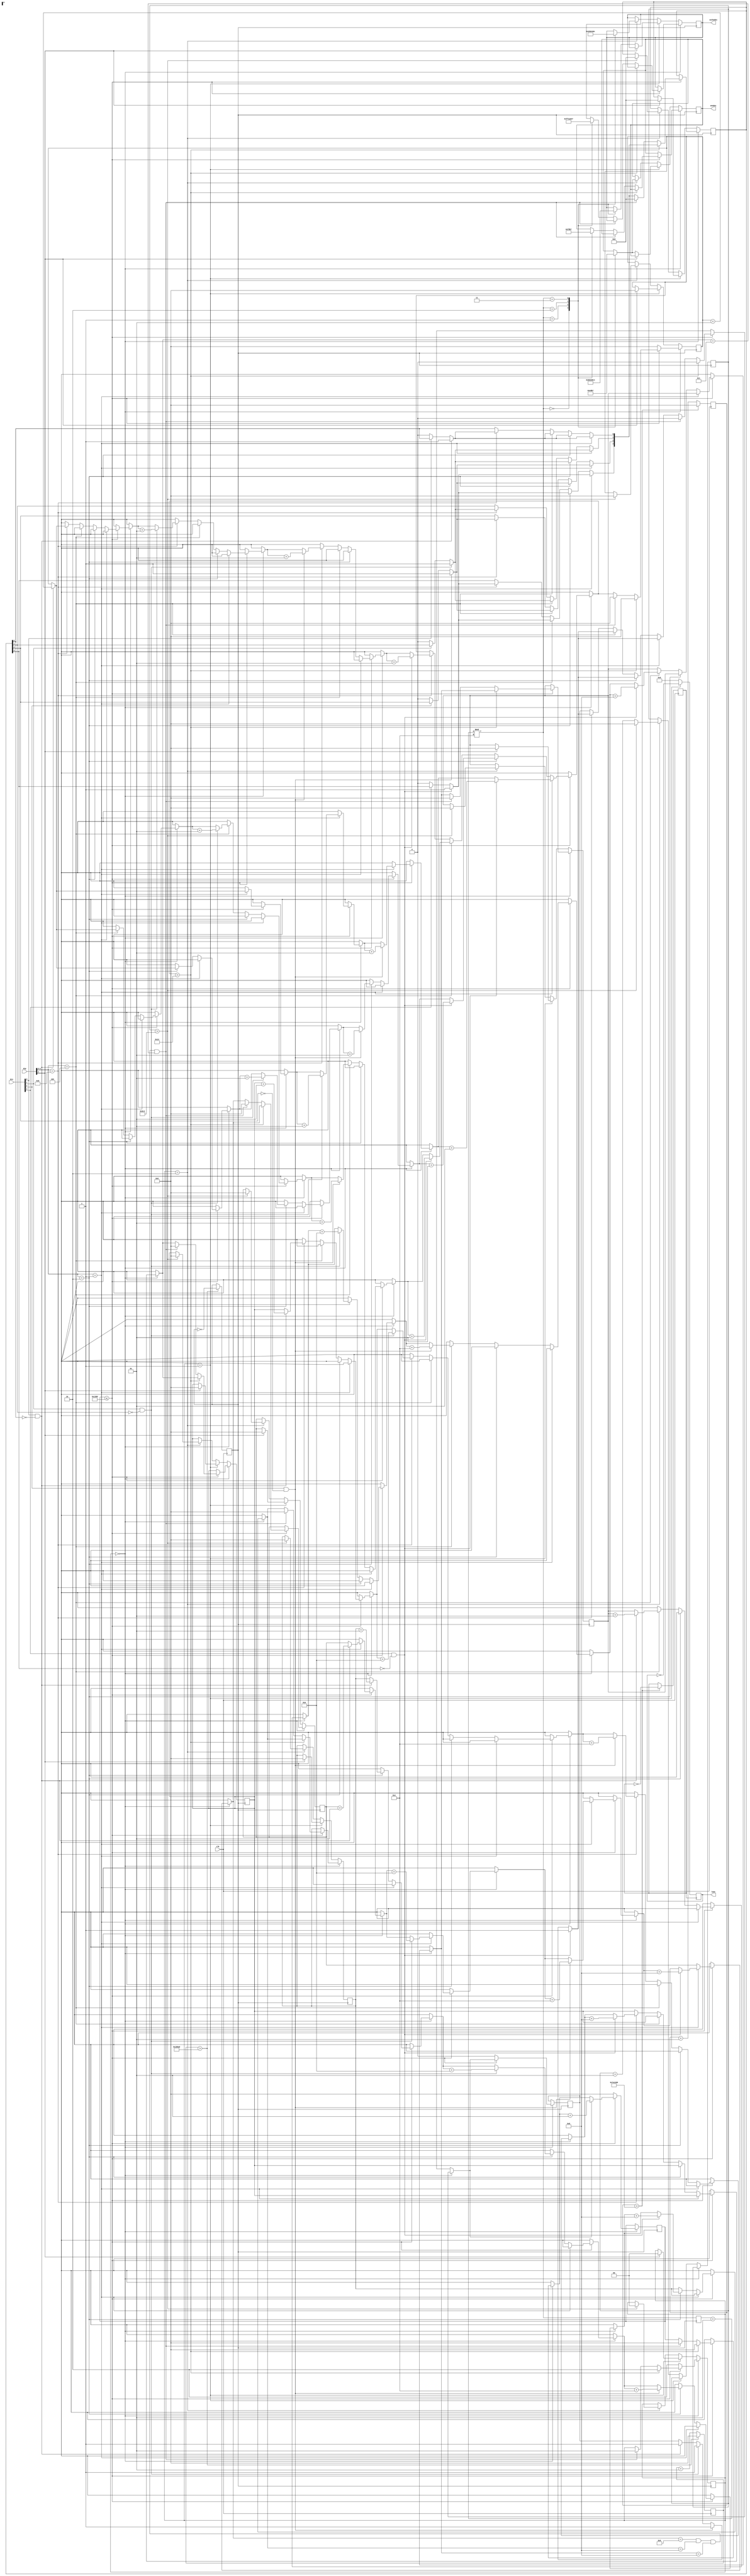
`timescale 1ns / 1ps
//////////////////////////////////////////////////////////////////////////
// UBIT: subhendu
// Design Name: 
// Module Name:    project2 														
//////////////////////////////////////////////////////////////////////////
module project2(dip,btn,clk,anodes,cathodes,leds);
input [4:0] dip;
input [3:0] btn;
input clk;
output [3:0] anodes;
output [6:0] cathodes;
output [7:0] leds;
reg [3:0] anodes;
reg [6:0] cathodes;
reg [7:0] leds;

reg slow_clk1,slow_clk2;
integer d0 = 0,d1 = 0,d2 = 0,d3 = 0; // variables to store the 4 digits
integer pushcount = 0, clk_count1 = 0, clk_count2 = 0;
integer segment = 0, delay = 0; // segment displays current 7-segment
reg [1:0] status = 2'b00; // status 0 - LOC, 1 - UnLC, 2 - PAUS
reg[3:0] flag = 0; // to record the pressed status of pushbtns
reg firstpress = 0; // flag to register firt button press
integer entrycount = 0; //counter to count 20s from first button press

always @(posedge clk)
begin
	if(clk_count1 > 8000000)
	begin
		clk_count1 = 0;
		slow_clk1 = ~slow_clk1; // 6.25Hz clock for LED blinking
	end
	else clk_count1 = clk_count1 + 1;
	if(clk_count2 > 100000)
	begin
		clk_count2 = 0;
		slow_clk2 = ~slow_clk2; // 500Hz clock for 7-segmented display
	end
	else clk_count2 = clk_count2 + 1;
end

// Blinking leds on UnLC
always @(posedge slow_clk1)
begin
	if(status == 2'b01)
		leds = ~leds;
	else
		leds = 0;
end

// 7-Segment Display
always @(posedge slow_clk2)
begin
	segment = (segment + 1)%4;
	if(status == 2'b00) //LOC
	begin
		if(entrycount <= 5000)
		begin
			if(dip[3:0]==4'b0001) // digit 0 is selected
			begin
				if(btn[0] == 1 && flag[0] == 0)
					begin 
						d0 = d0 + 1;
						flag[0] = 1; 
						pushcount = pushcount + 1;
						if(firstpress == 0)	firstpress = 1;
					end
				else if(btn[0] == 0)	flag[0] = 0;
				
				if(btn[1] == 1 && flag[1] == 0)
					begin 
						d0 = d0 + 2;
						flag[1] = 1; 
						pushcount = pushcount + 1;
						if(firstpress == 0)	firstpress = 1;
					end
				else if(btn[1] == 0)	flag[1] = 0;
				
				if(btn[2] == 1 && flag[2] == 0)
					begin 
						d0 = d0 + 4;
						flag[2] = 1; 
						pushcount = pushcount + 1;
						if(firstpress == 0)	firstpress = 1;
					end
				else if(btn[2] == 0)	flag[2] = 0;
				
				if(btn[3] == 1 && flag[3] == 0)
					begin 
						d0 = d0 + 8;
						flag[3] = 1; 
						pushcount = pushcount + 1;
						if(firstpress == 0)	firstpress = 1;
					end
				else if(btn[3] == 0)	flag[3] = 0;
				
			end
			else if(dip[3:0]==4'b0010) // digit 1 is selected
			begin
				if(btn[0] == 1 && flag[0] == 0)
					begin 
						d1 = d1 + 1;
						flag[0] = 1; 
						pushcount = pushcount + 1;
						if(firstpress == 0)	firstpress = 1;
					end
				else if(btn[0] == 0)	flag[0] = 0;
				
				if(btn[1] == 1 && flag[1] == 0)
					begin 
						d1 = d1 + 2;
						flag[1] = 1; 
						pushcount = pushcount + 1;
						if(firstpress == 0)	firstpress = 1;
					end
				else if(btn[1] == 0)	flag[1] = 0;
				
				if(btn[2] == 1 && flag[2] == 0)
					begin 
						d1 = d1 + 4;
						flag[2] = 1; 
						pushcount = pushcount + 1;
						if(firstpress == 0)	firstpress = 1;
					end
				else if(btn[2] == 0)	flag[2] = 0;
				
				if(btn[3] == 1 && flag[3] == 0)
					begin 
						d1 = d1 + 8;
						flag[3] = 1; 
						pushcount = pushcount + 1;
						if(firstpress == 0)	firstpress = 1;
					end
				else if(btn[3] == 0)	flag[3] = 0;
				
			end
			else if(dip[3:0]==4'b0100) // digit 2 is selected 
			begin
				if(btn[0] == 1 && flag[0] == 0)
					begin 
						d2 = d2 + 1;
						flag[0] = 1; 
						pushcount = pushcount + 1;
						if(firstpress == 0)	firstpress = 1; // register first press of btn
					end
				else if(btn[0] == 0)	flag[0] = 0;
				
				if(btn[1] == 1 && flag[1] == 0)
					begin 
						d2 = d2 + 2;
						flag[1] = 1; 
						pushcount = pushcount + 1;
						if(firstpress == 0)	firstpress = 1;
					end
				else if(btn[1] == 0)	flag[1] = 0;
				
				if(btn[2] == 1 && flag[2] == 0)
					begin 
						d2 = d2 + 4;
						flag[2] = 1; 
						pushcount = pushcount + 1;
						if(firstpress == 0)	firstpress = 1;
					end
				else if(btn[2] == 0)	flag[2] = 0;
				
				if(btn[3] == 1 && flag[3] == 0)
					begin 
						d2 = d2 + 8;
						flag[3] = 1; 
						pushcount = pushcount + 1;
						if(firstpress == 0)	firstpress = 1;
					end
				else if(btn[3] == 0)	flag[3] = 0;
				
			end
			else if(dip[3:0]==4'b1000) // digit 3 is selected
			begin
				if(btn[0] == 1 && flag[0] == 0)
					begin
						d3 = d3 + 1;
						flag[0] = 1; 
						pushcount = pushcount + 1;
						if(firstpress == 0)	firstpress = 1;
					end
				else if(btn[0] == 0)	flag[0] = 0;
				
				if(btn[1] == 1 && flag[1] == 0)
					begin 
						d3 = d3 + 2;
						flag[1] = 1; 
						pushcount = pushcount + 1;
						if(firstpress == 0)	firstpress = 1;
					end
				else if(btn[1] == 0)	flag[1] = 0;
				
				if(btn[2] == 1 && flag[2] == 0)
					begin 
						d3 = d3 + 4;
						flag[2] = 1; 
						pushcount = pushcount + 1;
						if(firstpress == 0)	firstpress = 1;
					end
				else if(btn[2] == 0)	flag[2] = 0;
				
				if(btn[3] == 1 && flag[3] == 0)
					begin 
						d3 = d3 + 8;
						flag[3] = 1; 
						pushcount = pushcount + 1;
						if(firstpress == 0)	firstpress = 1;
					end
				else if(btn[3] == 0)	flag[3] = 0;
			end
			
			if(pushcount > 20) //Transition to PAUS if more than 20 pushes
			begin
				status = 2'b10;
				pushcount = 0;
				firstpress = 0;
				entrycount = 0;
			end
			else if(d0 == 9 && d1 == 8 && d2 == 8 && d3 == 3) //Unlock Code 3889
			begin
				status = 2'b01; // Transition to UnLC mode
				pushcount = 0;
				firstpress = 0;
				entrycount = 0;
				flag = 0;
				d0 = 0;d1 = 0;d2 = 0;d3 = 0;
			end
			else
			begin
				case(segment)
					0: begin anodes = 4'b1111; cathodes = 7'b1111111; end //
					1: begin anodes = 4'b1101; cathodes = 7'b1000110; end	//C
					2: begin anodes = 4'b1011; cathodes = 7'b1000000; end	//O
					3: begin anodes = 4'b0111; cathodes = 7'b1000111; end	//L
				endcase
			end
			if(firstpress == 1)
				entrycount = entrycount + 1; // increment entrycount if first press is set
		end
		else
		begin
			status = 2'b10; // Transition to PAUS if more than 20s has passed
			entrycount = 0;
			pushcount = 0;
			firstpress = 0;
		end
	end
	else if(status == 2'b01) //UnLC
	begin
		if(dip[4] == 1) // If slider 4 is high, go back to LOC 
		begin
			status = 2'b00; // Transistion to LOC
			pushcount = 0;
			
			flag = 0;
			d0 = 0;d1 = 0;d2 = 0;d3 = 0;
		end
		else
		begin
			case(segment)
				0: begin anodes = 4'b1110; cathodes = 7'b1000110; end //C
				1: begin anodes = 4'b1101; cathodes = 7'b1000111; end //L
				2: begin anodes = 4'b1011; cathodes = 7'b0101011; end //n
				3: begin anodes = 4'b0111; cathodes = 7'b1000001; end //U
			endcase
		end
	end
	else if(status == 2'b10) // PAUS
	begin
		if(delay > 2500) //Waiting for 10s in 500Hz clock
		begin
			delay = 0;
			status = 2'b00;
			pushcount = 0;
			
			flag = 0;
			d0 = 0;d1 = 0;d2 = 0;d3 = 0;
		end
		else
			delay = delay + 1;
		
		case(segment)
			0: begin anodes = 4'b1110; cathodes = 7'b0010010;end //S
			1: begin anodes = 4'b1101; cathodes = 7'b1000001;end //U
			2: begin anodes = 4'b1011; cathodes = 7'b0001000;end //A
			3: begin anodes = 4'b0111; cathodes = 7'b0001100;end //P
		endcase
	end
end

endmodule